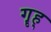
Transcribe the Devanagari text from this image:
गॄह्